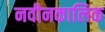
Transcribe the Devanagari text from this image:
नवीनकालिक